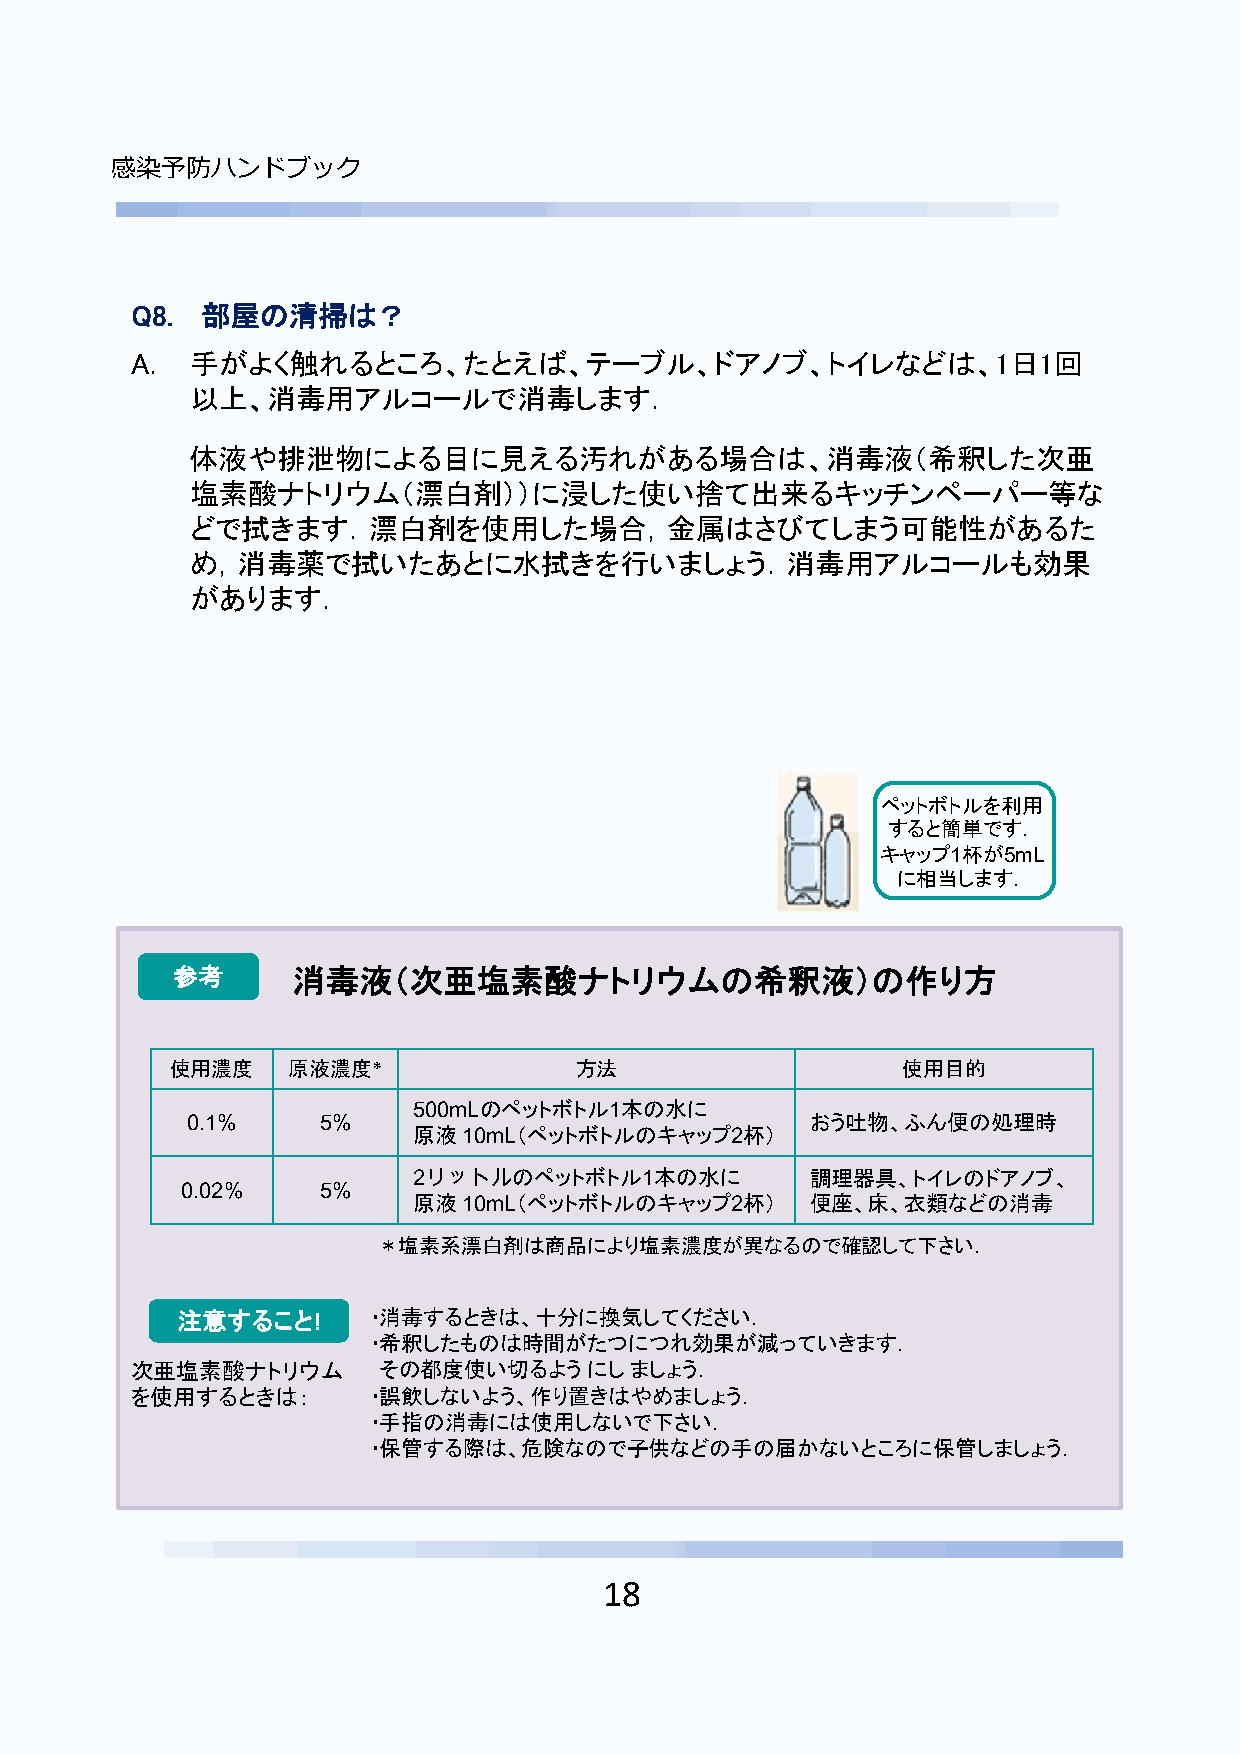
感染予防ハンドブック
 Q8. 部屋の清掃は？
 A.  手がよく触れるところ、たとえば、テーブル、ドアノブ、トイレなどは、1日1回
 以上、消毒用アルコールで消毒します．
 体液や排泄物による目に見える汚れがある場合は、消毒液（希釈した次亜
 塩素酸ナトリウム（漂白剤））に浸した使い捨て出来るキッチンペーパー等な
 どで拭きます．漂白剤を使用した場合，金属はさびてしまう可能性があるた
 め，消毒薬で拭いたあとに水拭きを行いましょう．消毒用アルコールも効果
 があります．
 ペットボトルを利用
 すると簡単です．
 キャップ1杯が5mL
 に相当します．
 参考      消毒液（次亜塩素酸ナトリウムの希釈液）の作り方
 使用濃度    原液濃度*              方法                    使用目的
 500mLのペットボトル1本の水に
 0.1%     5%                               おう吐物、ふん便の処理時
 原液10mL（ペットボトルのキャップ2杯）
 2リットルのペットボトル1本の水に          調理器具、トイレのドアノブ、
 0.02%    5%
 原液10mL（ペットボトルのキャップ2杯）      便座、床、衣類などの消毒
 ＊塩素系漂白剤は商品により塩素濃度が異なるので確認して下さい．
 注意すること!     ・消毒するときは、十分に換気してください．
 ・希釈したものは時間がたつにつれ効果が減っていきます．
 次亜塩素酸ナトリウム      その都度使い切るようにしましょう．
 を使用するときは：      ・誤飲しないよう、作り置きはやめましょう．
 ・手指の消毒には使用しないで下さい．
 ・保管する際は、危険なので子供などの手の届かないところに保管しましょう．
 18